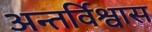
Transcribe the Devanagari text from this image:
अन्तर्विश्वास